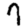
Digit: 7